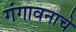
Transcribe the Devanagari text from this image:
गंगावनाचे